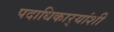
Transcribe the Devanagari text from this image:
पदाधिकार्‍यांशी